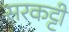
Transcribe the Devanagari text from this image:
सरकट्टी